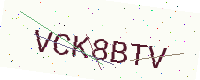
Text: VCK8BTV